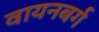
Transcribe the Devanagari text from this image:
वायनबर्ग